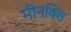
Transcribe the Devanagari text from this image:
मीनक्शि